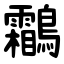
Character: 鸘